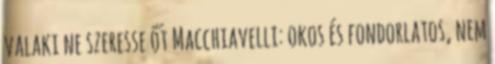
valaki ne szeresse őt Macchiavelli: okos és fondorlatos, nem